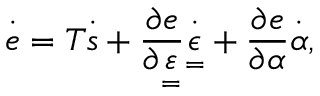
\overset { \cdot } { e } = T \overset { \cdot } { s } + \frac { \partial e } { \partial \underset { = } { \varepsilon } } \overset { \cdot } { \underset { = } { \epsilon } } + \frac { \partial e } { \partial \alpha } \overset { \cdot } { \alpha } ,